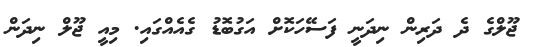
ޖޫލްގެ ދެ ދަރިން ނިދަނީ ފަސޭހަކޮށް އަގުބޮޑު ގެއެއްގައި. މިއީ ޖޫލް ނިދަން